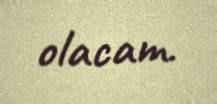
olacam.